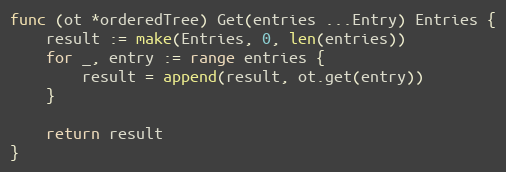
Language: Go
func (ot *orderedTree) Get(entries ...Entry) Entries {
	result := make(Entries, 0, len(entries))
	for _, entry := range entries {
		result = append(result, ot.get(entry))
	}

	return result
}